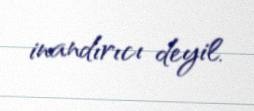
inandırıcı deyil.